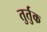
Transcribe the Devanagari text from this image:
तुर्तुक